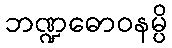
ဘဏ္ဍဓောဝနမ္ပိ